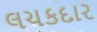
લચકદાર